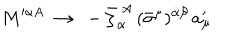
LaTeX: M ^ { \alpha A } ~ \to ~ - { \bar { \zeta } } _ { \dot { \alpha } } ^ { ~ A } \, ( \bar { \sigma } ^ { \mu } ) ^ { \dot { \alpha } \beta } \, a _ { \mu } ^ { \prime }